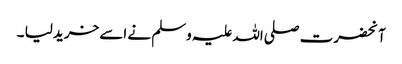
آنحضرت صلی اللہ علیہ وسلم نے اسے خرید لیا ۔